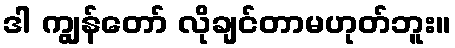
ဒါ ကျွန်တော် လိုချင်တာမဟုတ်ဘူး။